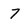
Character: 7